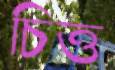
চিত্ত